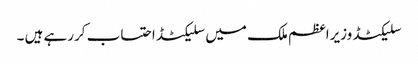
سلیکٹڈ وزیراعظم ملک میں سلیکٹڈ احتساب کررہے ہیں ۔